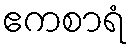
ဧကစာရံ